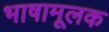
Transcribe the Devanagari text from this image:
भाषामूलक